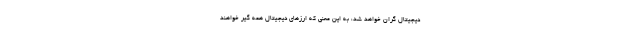
دیجیتال گران خواهد شد، به این معنی که ارزهای دیجیتال همه گیر خواهند